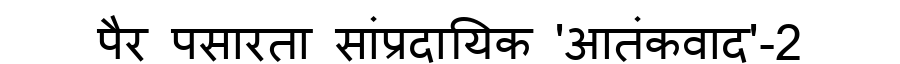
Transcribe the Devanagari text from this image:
पैर पसारता सांप्रदायिक 'आतंकवाद'-2